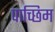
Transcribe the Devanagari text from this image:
पाच्छिम